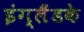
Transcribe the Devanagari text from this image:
इंग्लैंडके